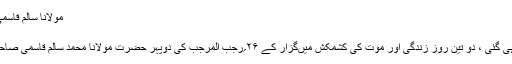
مولانا سالم قاسمی کی رحلت | Friday Special
مولانا سالم قاسمی کی رحلت
جس کادھڑکا تھا ، آخر وہ گھڑی آہی گئی ، دو تین روز زندگی اور موت کی کشمکش میںگزار کے ۲۶؍رجب المرجب کی دوپہر حضرت مولانا محمد سالم قاسمی صاحب اپنے مالک حقیقی سے جاملے ۔